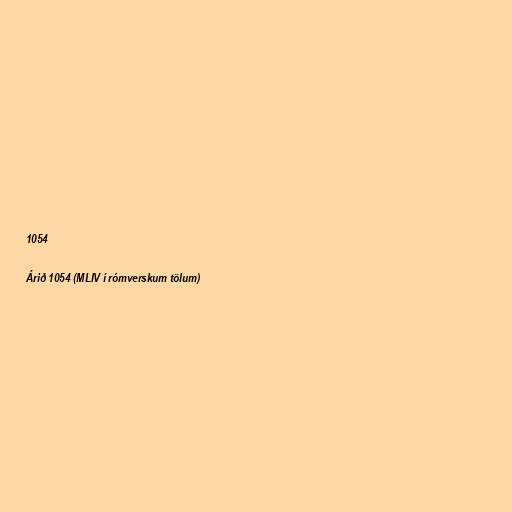
1054

Árið 1054 (MLIV í rómverskum tölum)